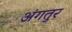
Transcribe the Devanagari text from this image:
अंगतुर